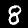
Digit: 8